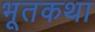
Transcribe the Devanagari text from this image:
भूतकथा